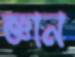
জ্ঞান